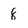
Character: 8